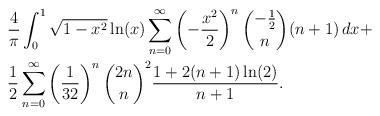
LaTeX: \begin{align*} & \frac{4}{\pi } \int_0^1 \sqrt{1-x^2} \ln (x) \sum _{n = 0}^{\infty} \left(-\frac{x^2}{2}\right)^n \binom{-\frac{1}{2}}{n} (n+1) \, dx + \\ & \frac{1}{2} \sum_{n = 0}^{\infty} \left(\frac{1}{32}\right)^n \binom{2 n}{n}^2 \frac{ 1+2 (n + 1) \ln (2)}{n+1}. \end{align*}